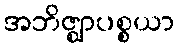
အဘိဇ္ဈာပစ္စယာ